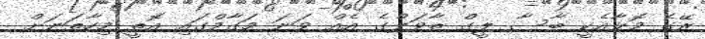
ރޭގެ މޮޅާއެކީ ބާސާ ލީގް ތާވަލްގެ އެއް ވަނަ މަގާމްގައި އޮތީ މިހާތަނަށް